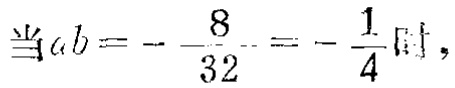
当\(ab = - \frac{8}{32} = - \frac{1}{4}\)时，